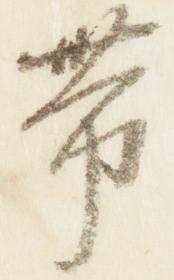
帯